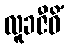
လူခဇီဝိံ